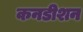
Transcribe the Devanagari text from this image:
कनडीशन